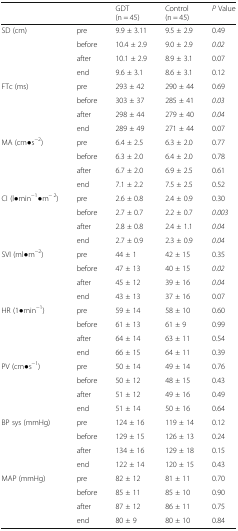
<table><thead><tr><td colspan="2"></td><td><b>GDT(n = 45)</b></td><td><b>Control(n = 45)</b></td><td><b><i>P</i> Value</b></td></tr></thead><tbody><tr><td rowspan="4">SD (cm)</td><td>pre</td><td>9.9 ± 3.11</td><td>9.5 ± 2.9</td><td>0.49</td></tr><tr><td>before</td><td>10.4 ± 2.9</td><td>9.0 ± 2.9</td><td><i>0.02</i></td></tr><tr><td>after</td><td>10.1 ± 2.9</td><td>8.9 ± 3.1</td><td>0.07</td></tr><tr><td>end</td><td>9.6 ± 3.1</td><td>8.6 ± 3.1</td><td>0.12</td></tr><tr><td rowspan="4">FTc (ms)</td><td>pre</td><td>293 ± 42</td><td>290 ± 44</td><td>0.69</td></tr><tr><td>before</td><td>303 ± 37</td><td>285 ± 41</td><td><i>0.03</i></td></tr><tr><td>after</td><td>298 ± 44</td><td>279 ± 40</td><td><i>0.04</i></td></tr><tr><td>end</td><td>289 ± 49</td><td>271 ± 44</td><td>0.07</td></tr><tr><td rowspan="4">MA (cm●s<sup>−2</sup>)</td><td>pre</td><td>6.4 ± 2.5</td><td>6.3 ± 2.0</td><td>0.77</td></tr><tr><td>before</td><td>6.3 ± 2.0</td><td>6.4 ± 2.0</td><td>0.78</td></tr><tr><td>after</td><td>6.7 ± 2.0</td><td>6.9 ± 2.5</td><td>0.61</td></tr><tr><td>end</td><td>7.1 ± 2.2</td><td>7.5 ± 2.5</td><td>0.52</td></tr><tr><td rowspan="4">CI (l●min<sup>−1</sup>●m<sup>− 2</sup>)</td><td>pre</td><td>2.6 ± 0.8</td><td>2.4 ± 0.9</td><td>0.30</td></tr><tr><td>before</td><td>2.7 ± 0.7</td><td>2.2 ± 0.7</td><td><i>0.003</i></td></tr><tr><td>after</td><td>2.8 ± 0.8</td><td>2.4 ± 1.1</td><td><i>0.04</i></td></tr><tr><td>end</td><td>2.7 ± 0.9</td><td>2.3 ± 0.9</td><td><i>0.04</i></td></tr><tr><td rowspan="4">SVI (ml●m<sup>−2</sup>)</td><td>pre</td><td>44 ± 1</td><td>42 ± 15</td><td>0.35</td></tr><tr><td>before</td><td>47 ± 13</td><td>40 ± 15</td><td><i>0.02</i></td></tr><tr><td>after</td><td>45 ± 12</td><td>39 ± 16</td><td><i>0.04</i></td></tr><tr><td>end</td><td>43 ± 13</td><td>37 ± 16</td><td>0.07</td></tr><tr><td rowspan="4">HR (1●min<sup>−1</sup>)</td><td>pre</td><td>59 ± 14</td><td>58 ± 10</td><td>0.60</td></tr><tr><td>before</td><td>61 ± 13</td><td>61 ± 9</td><td>0.99</td></tr><tr><td>after</td><td>64 ± 14</td><td>63 ± 11</td><td>0.54</td></tr><tr><td>end</td><td>66 ± 15</td><td>64 ± 11</td><td>0.39</td></tr><tr><td rowspan="4">PV (cm●s<sup>−1</sup>)</td><td>pre</td><td>50 ± 14</td><td>49 ± 14</td><td>0.76</td></tr><tr><td>before</td><td>50 ± 12</td><td>48 ± 15</td><td>0.43</td></tr><tr><td>after</td><td>51 ± 12</td><td>49 ± 16</td><td>0.49</td></tr><tr><td>end</td><td>51 ± 14</td><td>50 ± 16</td><td>0.64</td></tr><tr><td rowspan="4">BP sys (mmHg)</td><td>pre</td><td>124 ± 16</td><td>119 ± 14</td><td>0.12</td></tr><tr><td>before</td><td>129 ± 15</td><td>126 ± 13</td><td>0.24</td></tr><tr><td>after</td><td>134 ± 16</td><td>129 ± 18</td><td>0.15</td></tr><tr><td>end</td><td>122 ± 14</td><td>120 ± 15</td><td>0.43</td></tr><tr><td rowspan="4">MAP (mmHg)</td><td>pre</td><td>82 ± 12</td><td>81 ± 11</td><td>0.70</td></tr><tr><td>before</td><td>85 ± 11</td><td>85 ± 10</td><td>0.90</td></tr><tr><td>after</td><td>87 ± 12</td><td>86 ± 11</td><td>0.75</td></tr><tr><td>end</td><td>80 ± 9</td><td>80 ± 10</td><td>0.84</td></tr></tbody></table>